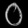
Digit: ၀